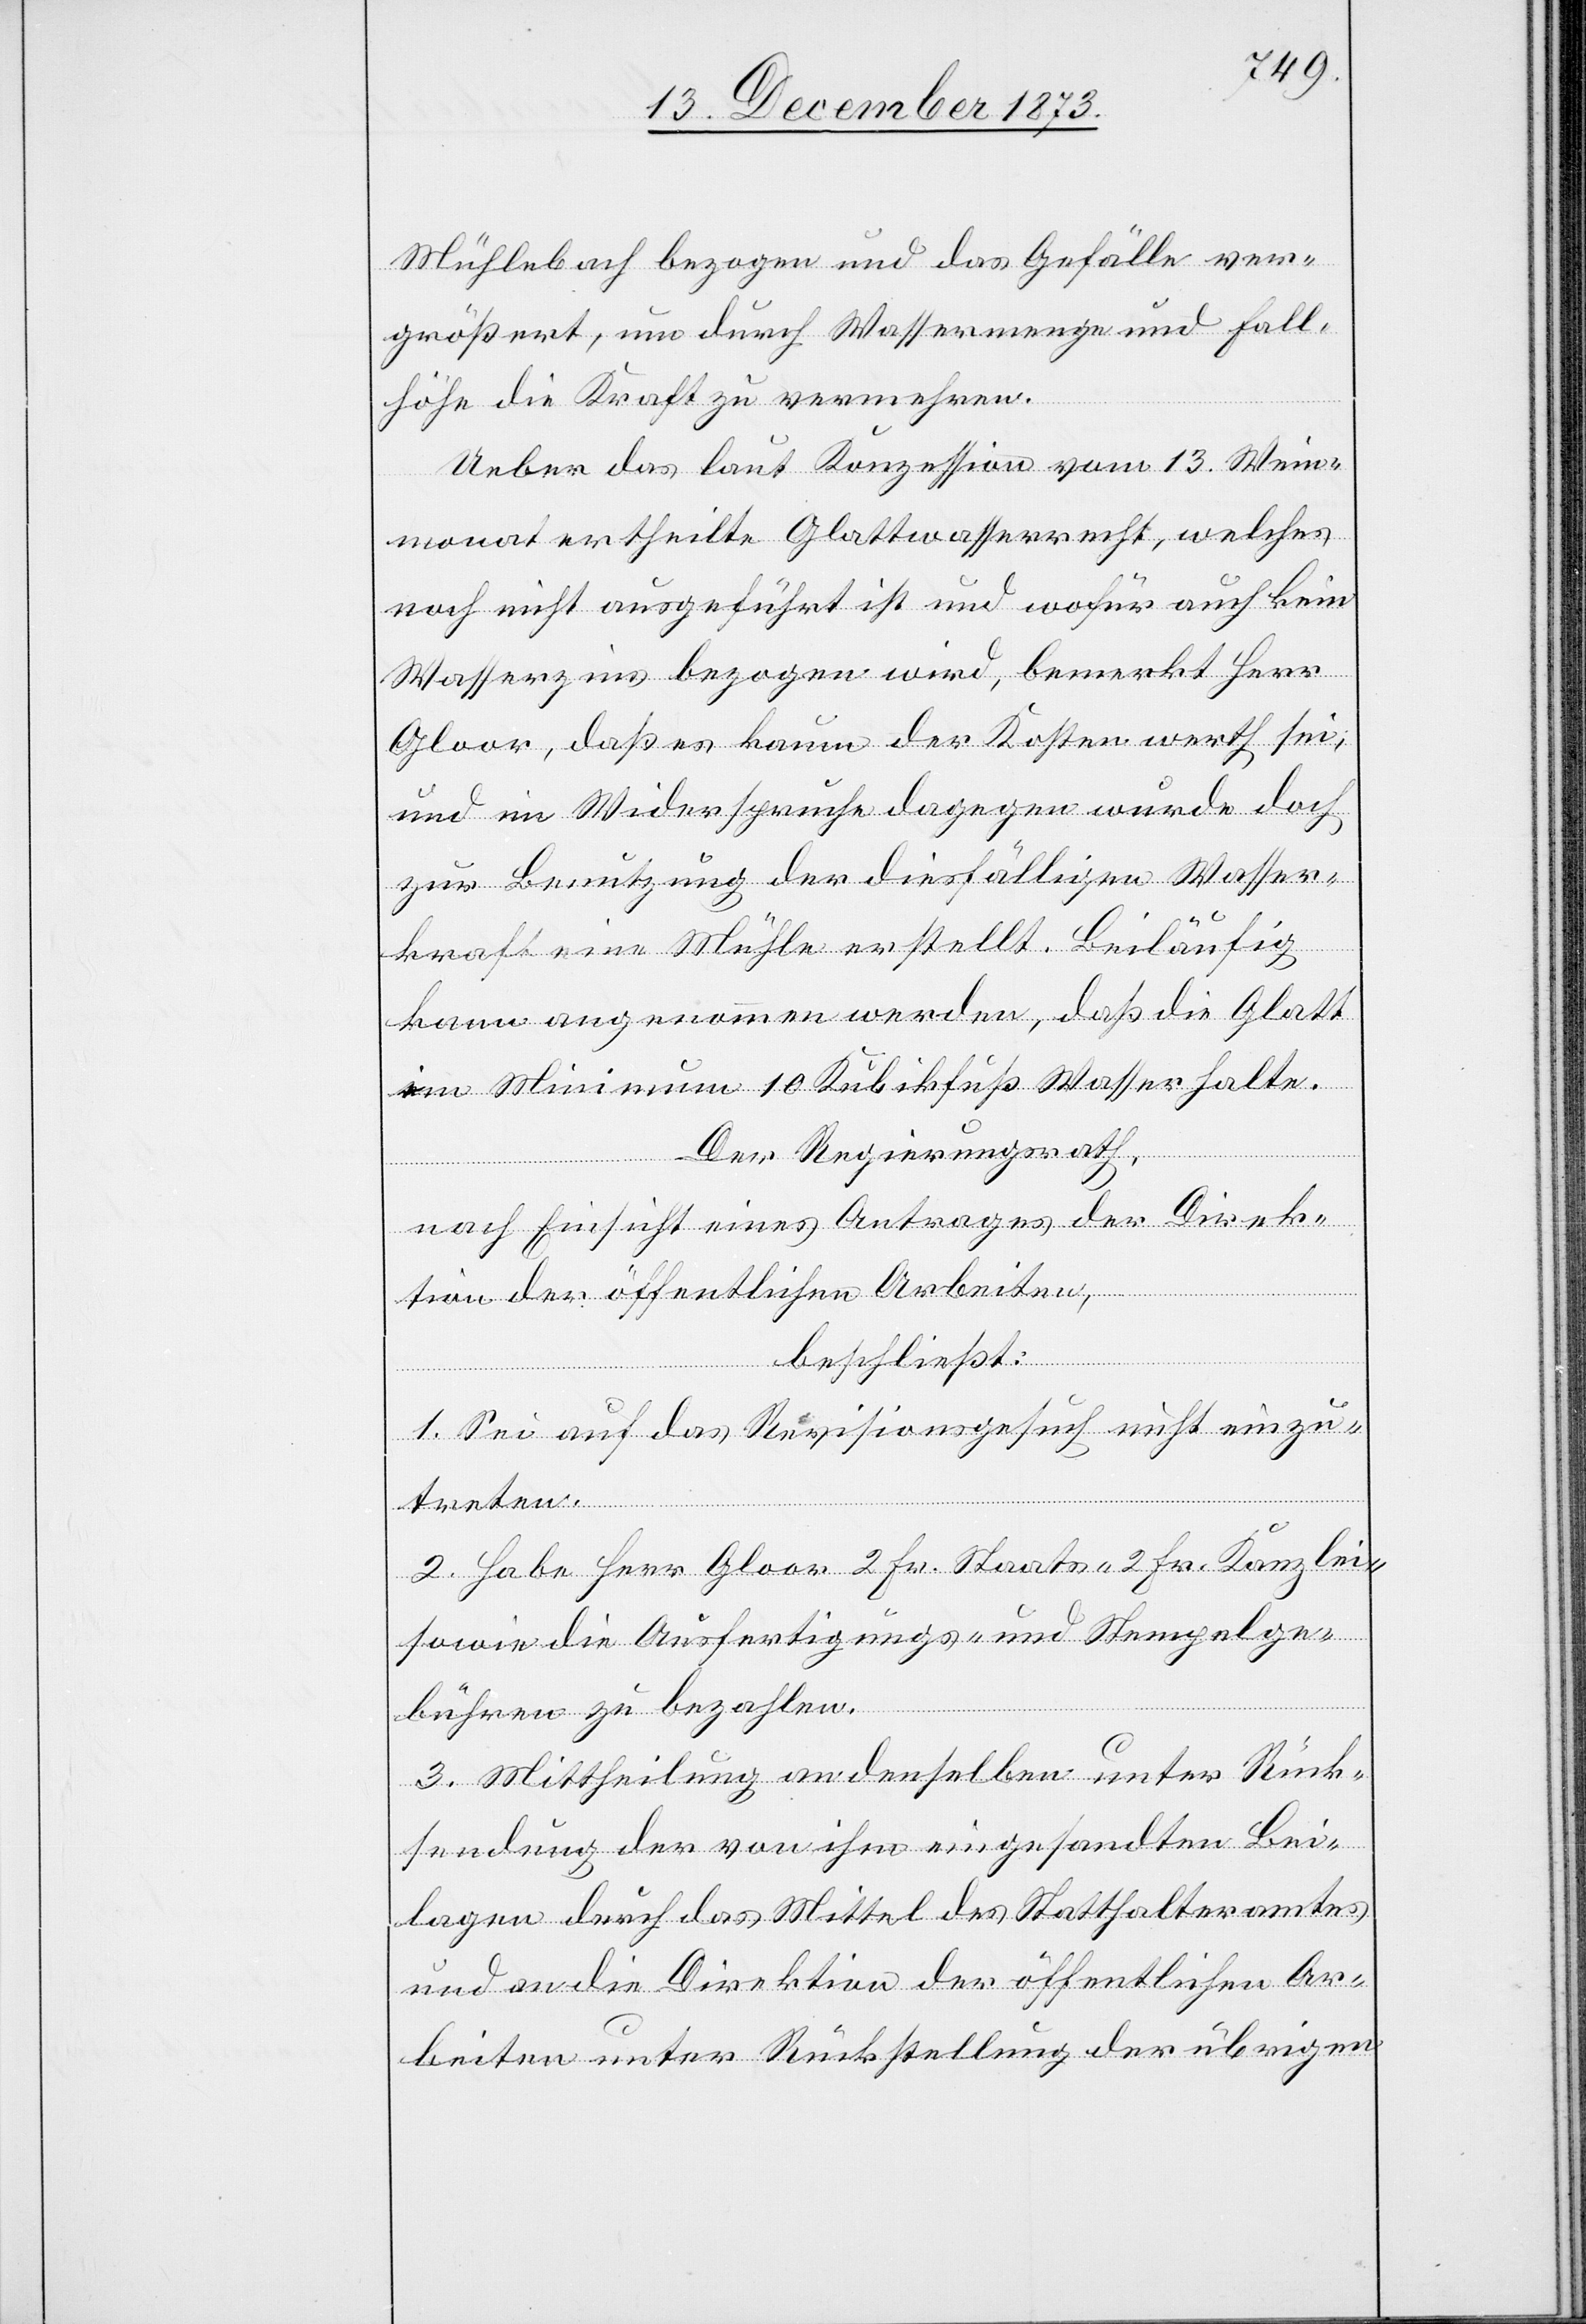
Mühlebach bezogen und das Gefälle ver¬
größert, um durch Wassermenge und Fall¬
höhe die Kraft zu vermehren.
Ueber das laut Konzession vom 13. Wein¬
monat ertheilte Glattwasserrecht, welches
noch nicht ausgeführt ist und wofür auch kein
Wasserzins bezogen wird, bemerkt Herr
Gloor, daß es kaum der Kosten werth sei;
und im Widerspruche dagegen wurde doch
zur Benutzung der diesfälligen Wasser¬
kraft eine Mühle erstellt. Beiläufig
kann angenommen werden, daß die Glatt
im Minimum 10 Kubikfuß Wasser halte.
Der Regierungsrath,
nach Einsicht eines Antrages der Direk¬
tion der öffentlichen Arbeiten,
beschließt:
1. Sei auf das Revisionsgesuch nicht einzu¬
treten.
2. Habe Herr Gloor 2 Fr. Staats- 2 Fr. Kanzlei-
sowie die Ausfertigungs- und Stempelge¬
bühren zu bezahlen.
3. Mittheilung an denselben unter Rück¬
sendung der von ihm eingesandten Bei¬
lagen durch das Mittel des Statthalteramtes
und an die Direktion der öffentlichen Ar¬
beiten unter Rückstellung der übrigen